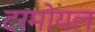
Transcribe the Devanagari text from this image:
टरमोयल